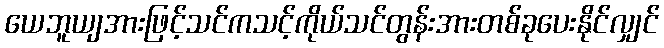
ယေဘူယျအားဖြင့်သင်ကသင့်ကိုယ်သင်တွန်းအားတစ်ခုပေးနိုင်လျှင်